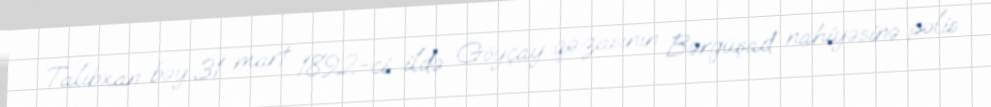
Talıbxan bəy 31 mart 1892-ci ildə Göyçay qəzasının Bərgüşad nahiyəsinə polis